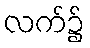
လက်၌